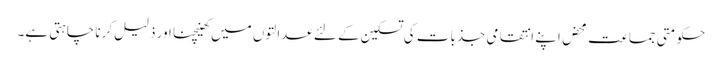
حکومتی جماعت محض اپنے انتقامی جذبات کی تسکین کے لئے عدالتوں میں کھینچنا اور ذلیل کرنا چاہتی ہے۔